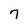
Character: 7